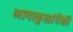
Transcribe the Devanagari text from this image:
भाषाकुळांपैकी